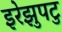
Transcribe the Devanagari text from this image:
इरेझुपटु